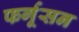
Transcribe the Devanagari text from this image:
फर्गूसन